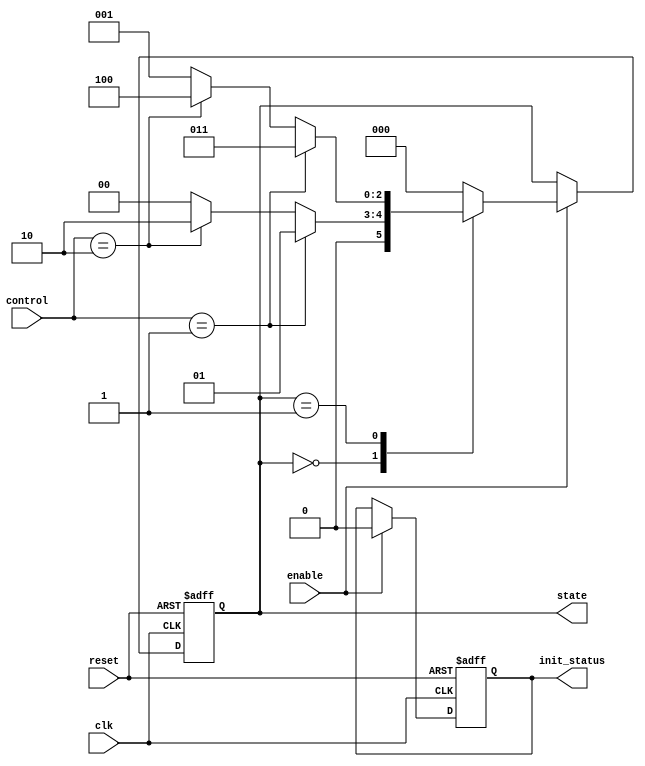
module PreConfiguredStateInitialization (
    input wire clk,           // Clock signal
    input wire reset,         // Active-high reset signal
    input wire enable,        // Control input to enable state transitions
    input wire [1:0] control, // Additional control inputs for state transitions
    output reg [2:0] state,   // State output (3 bits for 8 states)
    output reg init_status    // Status signal indicating initialization phase
);

// Define states
localparam STATE_INIT = 3'b000; // Predefined initial state
localparam STATE_1    = 3'b001;
localparam STATE_2    = 3'b010;
localparam STATE_3    = 3'b011;
localparam STATE_4    = 3'b100;
localparam STATE_5    = 3'b101;
localparam STATE_6    = 3'b110;
localparam STATE_7    = 3'b111;

// State transition logic
always @(posedge clk or posedge reset) begin
    if (reset) begin
        // On reset, go to the predefined initial state
        state <= STATE_INIT;
        init_status <= 1'b1; // Indicate initialization phase
    end else if (enable) begin
        // Transition to the next state based on control inputs
        case (state)
            STATE_INIT: begin
                if (control == 2'b01) state <= STATE_1;
                else if (control == 2'b10) state <= STATE_2;
                // Add more conditions for other states if needed
                else state <= STATE_INIT; // Remain in initial state
            end
            STATE_1: begin
                // Define transitions from STATE_1
                if (control == 2'b01) state <= STATE_3;
                else if (control == 2'b10) state <= STATE_4;
                else state <= STATE_1; // Remain in STATE_1
            end
            // Add additional state cases as needed
            default: state <= STATE_INIT; // Default to initial state
        endcase
        init_status <= 1'b0; // Not in initialization phase anymore
    end
end

endmodule